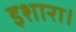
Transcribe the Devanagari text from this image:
इशारा।